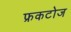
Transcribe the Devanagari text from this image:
फ्रकटोज